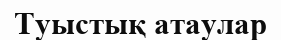
Туыстық атаулар